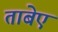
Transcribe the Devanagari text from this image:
ताबेए